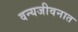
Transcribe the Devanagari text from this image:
वन्यजीवनात